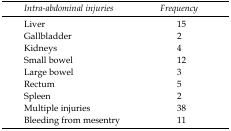
<table><thead><tr><td><b><i>Intra-abdominal injuries</i></b></td><td><b><i>Frequency</i></b></td></tr></thead><tbody><tr><td>Liver</td><td>15</td></tr><tr><td>Gallbladder</td><td>2</td></tr><tr><td>Kidneys</td><td>4</td></tr><tr><td>Small bowel</td><td>12</td></tr><tr><td>Large bowel</td><td>3</td></tr><tr><td>Rectum</td><td>5</td></tr><tr><td>Spleen</td><td>2</td></tr><tr><td>Multiple injuries</td><td>38</td></tr><tr><td>Bleeding from mesentry</td><td>11</td></tr></tbody></table>